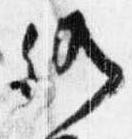
仍